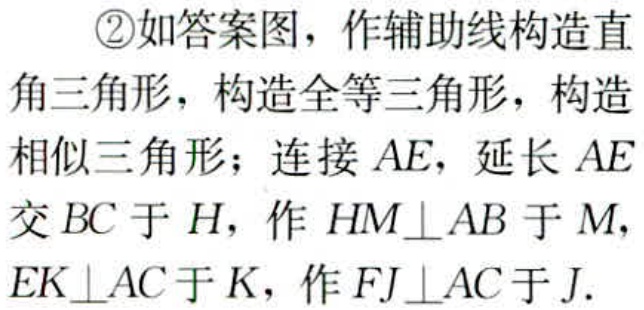
\textcircled{2}如答案图，作辅助线构造直角三角形，构造全等三角形，构造相似三角形；连接 \(AE\)，延长 \(AE\) 交 \(BC\) 于 \(H\)，作 \(HM\perp AB\) 于 \(M\)， \(EK\perp AC\) 于 \(K\)，作 \(FJ\perp AC\) 于 \(J\).